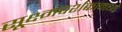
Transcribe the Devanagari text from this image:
सूक्ष्मदर्शकामध्ये